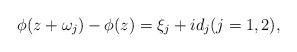
LaTeX: \begin{align*}\phi(z+\omega_j)-\phi(z)=\xi_j+id_j(j=1,2), \end{align*}